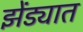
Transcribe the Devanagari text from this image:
झेंड्यात